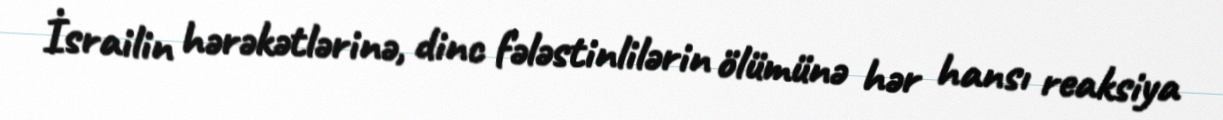
İsrailin hərəkətlərinə, dinc fələstinlilərin ölümünə hər hansı reaksiya